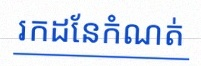
រកដែនកំណត់